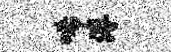
唏溥